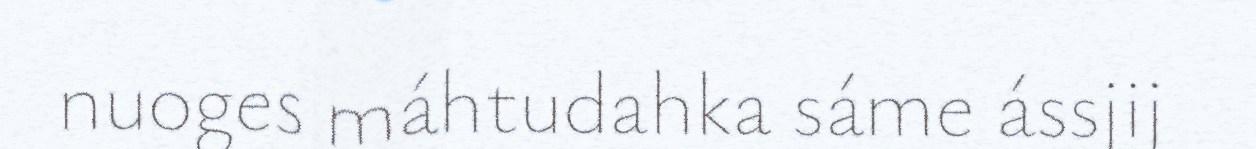
nuoges máhtudahka sáme ássjij